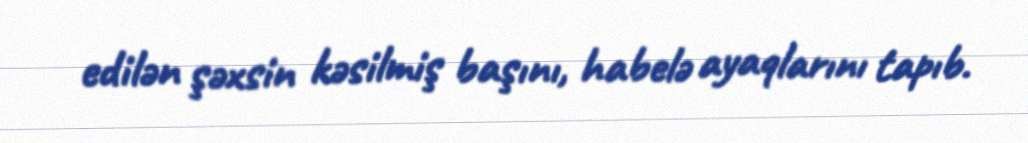
edilən şəxsin kəsilmiş başını, habelə ayaqlarını tapıb.